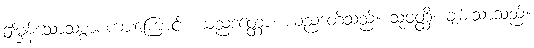
ဤမှန်သောသစ္စာစကားကြောင့်။ ယညဒတ္တော၊ ယညဒတ်သည်။ သုဝတ္ထိ၊ ချမ်းသာသည်။